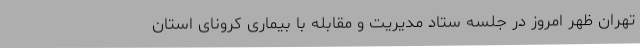
تهران ظهر امروز در جلسه ستاد مدیریت و مقابله با بیماری کرونای استان